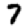
Digit: 7